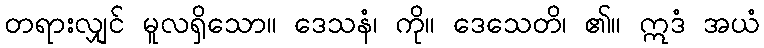
တရားလျှင် မူလရှိသော။ ဒေသနံ၊ ကို။ ဒေသေတိ၊ ၏။ ဣဒံ အယံ